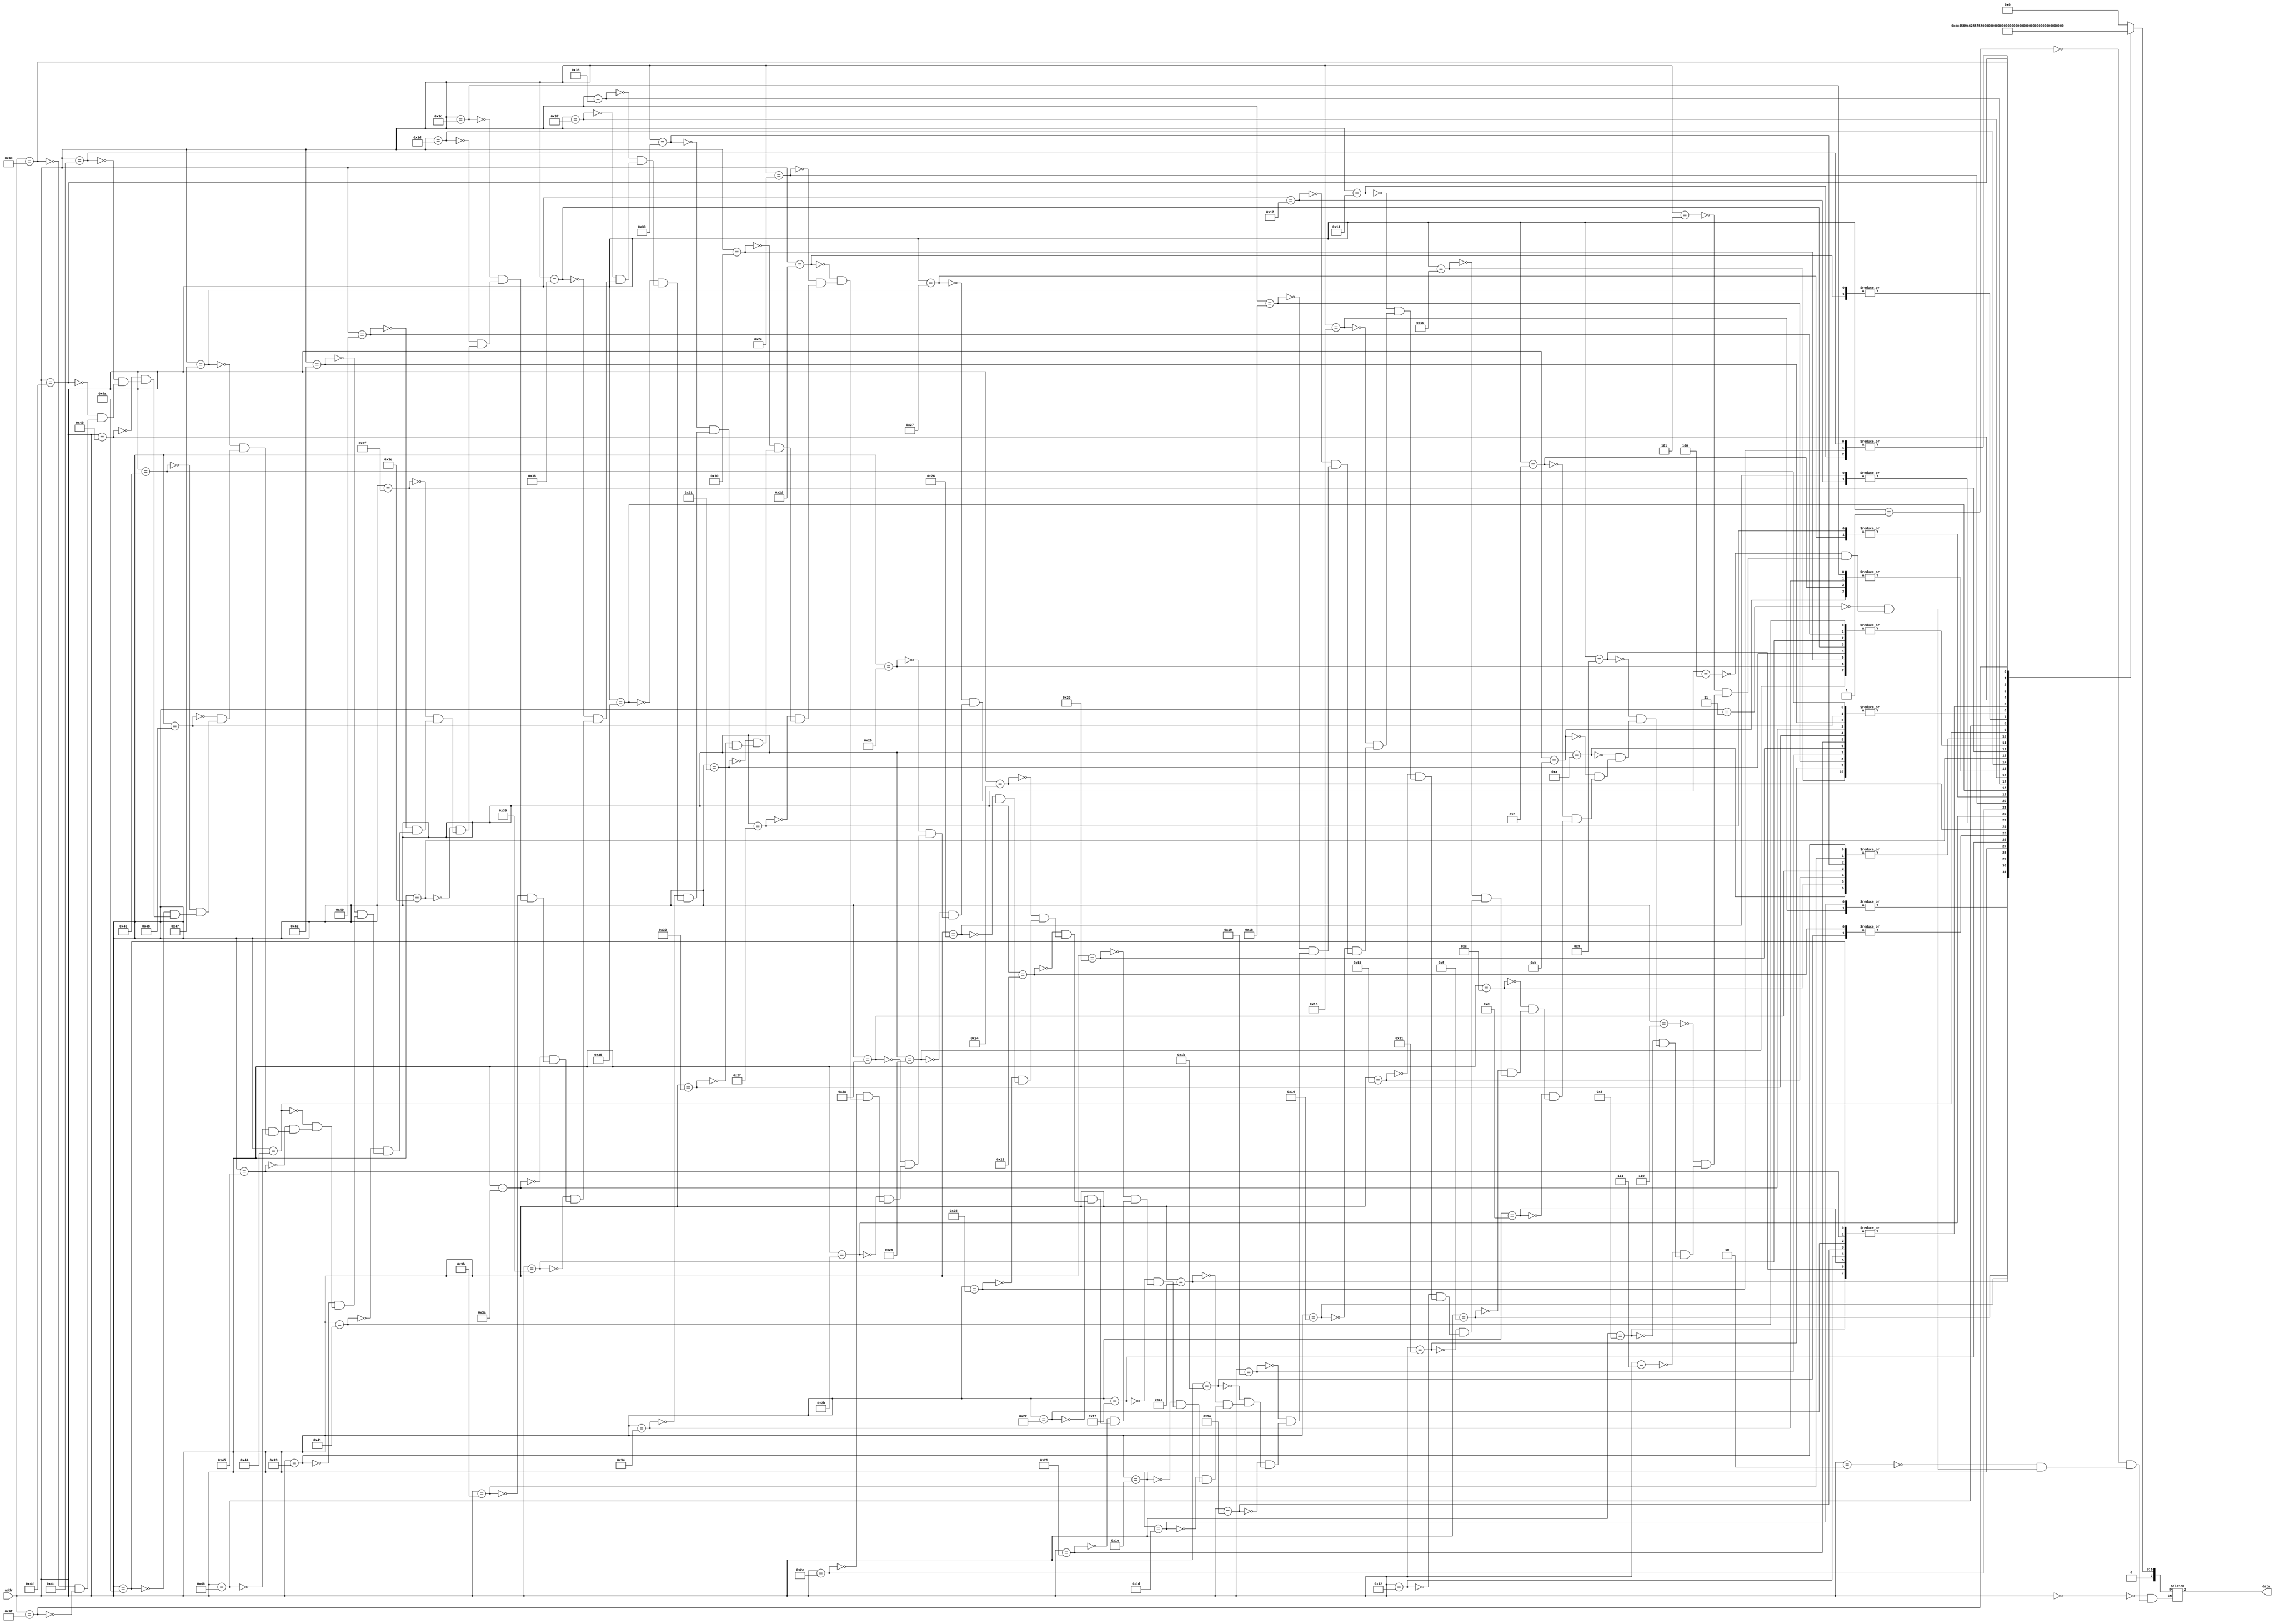
module rom_char(addr, data);
	input[6:0]addr;
	output[7:0]data;
	reg[7:0]data;
	always@(addr) begin
		case(addr)
		7'd0 : data = 8'h00; 7'd1 : data = 8'h00;// null
		7'd2 : data = 8'h00; 7'd3 : data = 8'h00;
		7'd4 : data = 8'h00; 7'd5 : data = 8'h00;
		7'd6 : data = 8'h00; 7'd7 : data = 8'h00;
		7'd8 : data = 8'h18; 7'd9 : data = 8'h18;// STOP
		7'd10: data = 8'h3C; 7'd11: data = 8'h5A;
		7'd12: data = 8'h5A; 7'd13: data = 8'h18;
		7'd14: data = 8'h3C; 7'd15: data = 8'h66;
		7'd16: data = 8'h30; 7'd17: data = 8'h30;// 1
		7'd18: data = 8'h18; 7'd19: data = 8'h3C;
		7'd20: data = 8'h0C; 7'd21: data = 8'h1A;
		7'd22: data = 8'h11; 7'd23: data = 8'h33;
		7'd24: data = 8'h30; 7'd25: data = 8'h30;// 2
		7'd26: data = 8'h18; 7'd27: data = 8'h3E;
		7'd28: data = 8'h2D;	7'd29: data = 8'h1A;
		7'd30: data = 8'h31;	7'd31: data = 8'h21;
		7'd32: data = 8'h30;	7'd33: data = 8'h30;// 3
		7'd34: data = 8'h18;	7'd35: data = 8'h3E;
		7'd36: data = 8'h59;	7'd37: data = 8'h0C;
		7'd38: data = 8'h33;	7'd39: data = 8'h01;
		7'd40: data = 8'h60;	7'd41: data = 8'h60;// 4
		7'd42: data = 8'h3C;	7'd43: data = 8'h32;
		7'd44: data = 8'h58;	7'd45: data = 8'h14;
		7'd46: data = 8'h63;	7'd47: data = 8'h01;
		7'd48: data = 8'h60; 7'd49: data = 8'h60;// 5
		7'd50: data = 8'h30;	7'd51: data = 8'h3C;
		7'd52: data = 8'h5A;	7'd53: data = 8'h1D;
		7'd54: data = 8'h13;	7'd55: data = 8'h71;
		7'd56: data = 8'h60; 7'd57: data = 8'h60;// 6
		7'd58: data = 8'h30;	7'd59: data = 8'h3C;
		7'd60: data = 8'h5A;	7'd61: data = 8'h19;
		7'd62: data = 8'h26;	7'd63: data = 8'h62;
		7'd64: data = 8'h60;	7'd65: data = 8'h60;// 7
		7'd66: data = 8'h30;	7'd67: data = 8'h3C;
		7'd68: data = 8'h3A;	7'd69: data = 8'h18;
		7'd70: data = 8'h2C;	7'd71: data = 8'h14;
		7'd72: data = 8'h30;	7'd73: data = 8'h30;// 8
		7'd74: data = 8'h18;	7'd75: data = 8'h1C;
		7'd76: data = 8'h0C;	7'd77: data = 8'h0A;
		7'd78: data = 8'h0E;	7'd79: data = 8'h02;    
		endcase
	end
endmodule